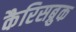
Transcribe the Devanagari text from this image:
कैरिसब्रुक